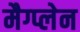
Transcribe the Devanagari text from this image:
मैग्प्लेन